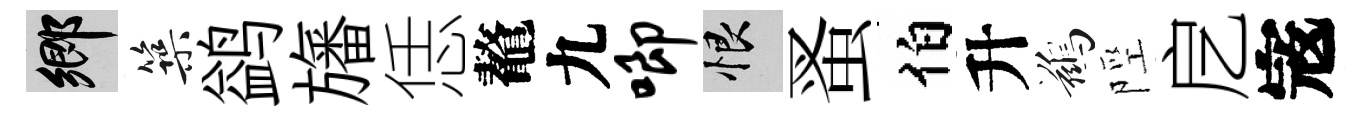
鄉築鹢旛恁鼇九唧恨蚤伯升鷀陘戹𡨥